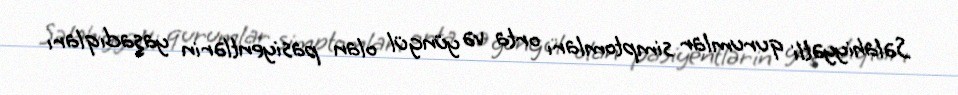
Səlahiyyətli qurumlar simptomları orta və yüngül olan pasiyentlərin yaşadıqları